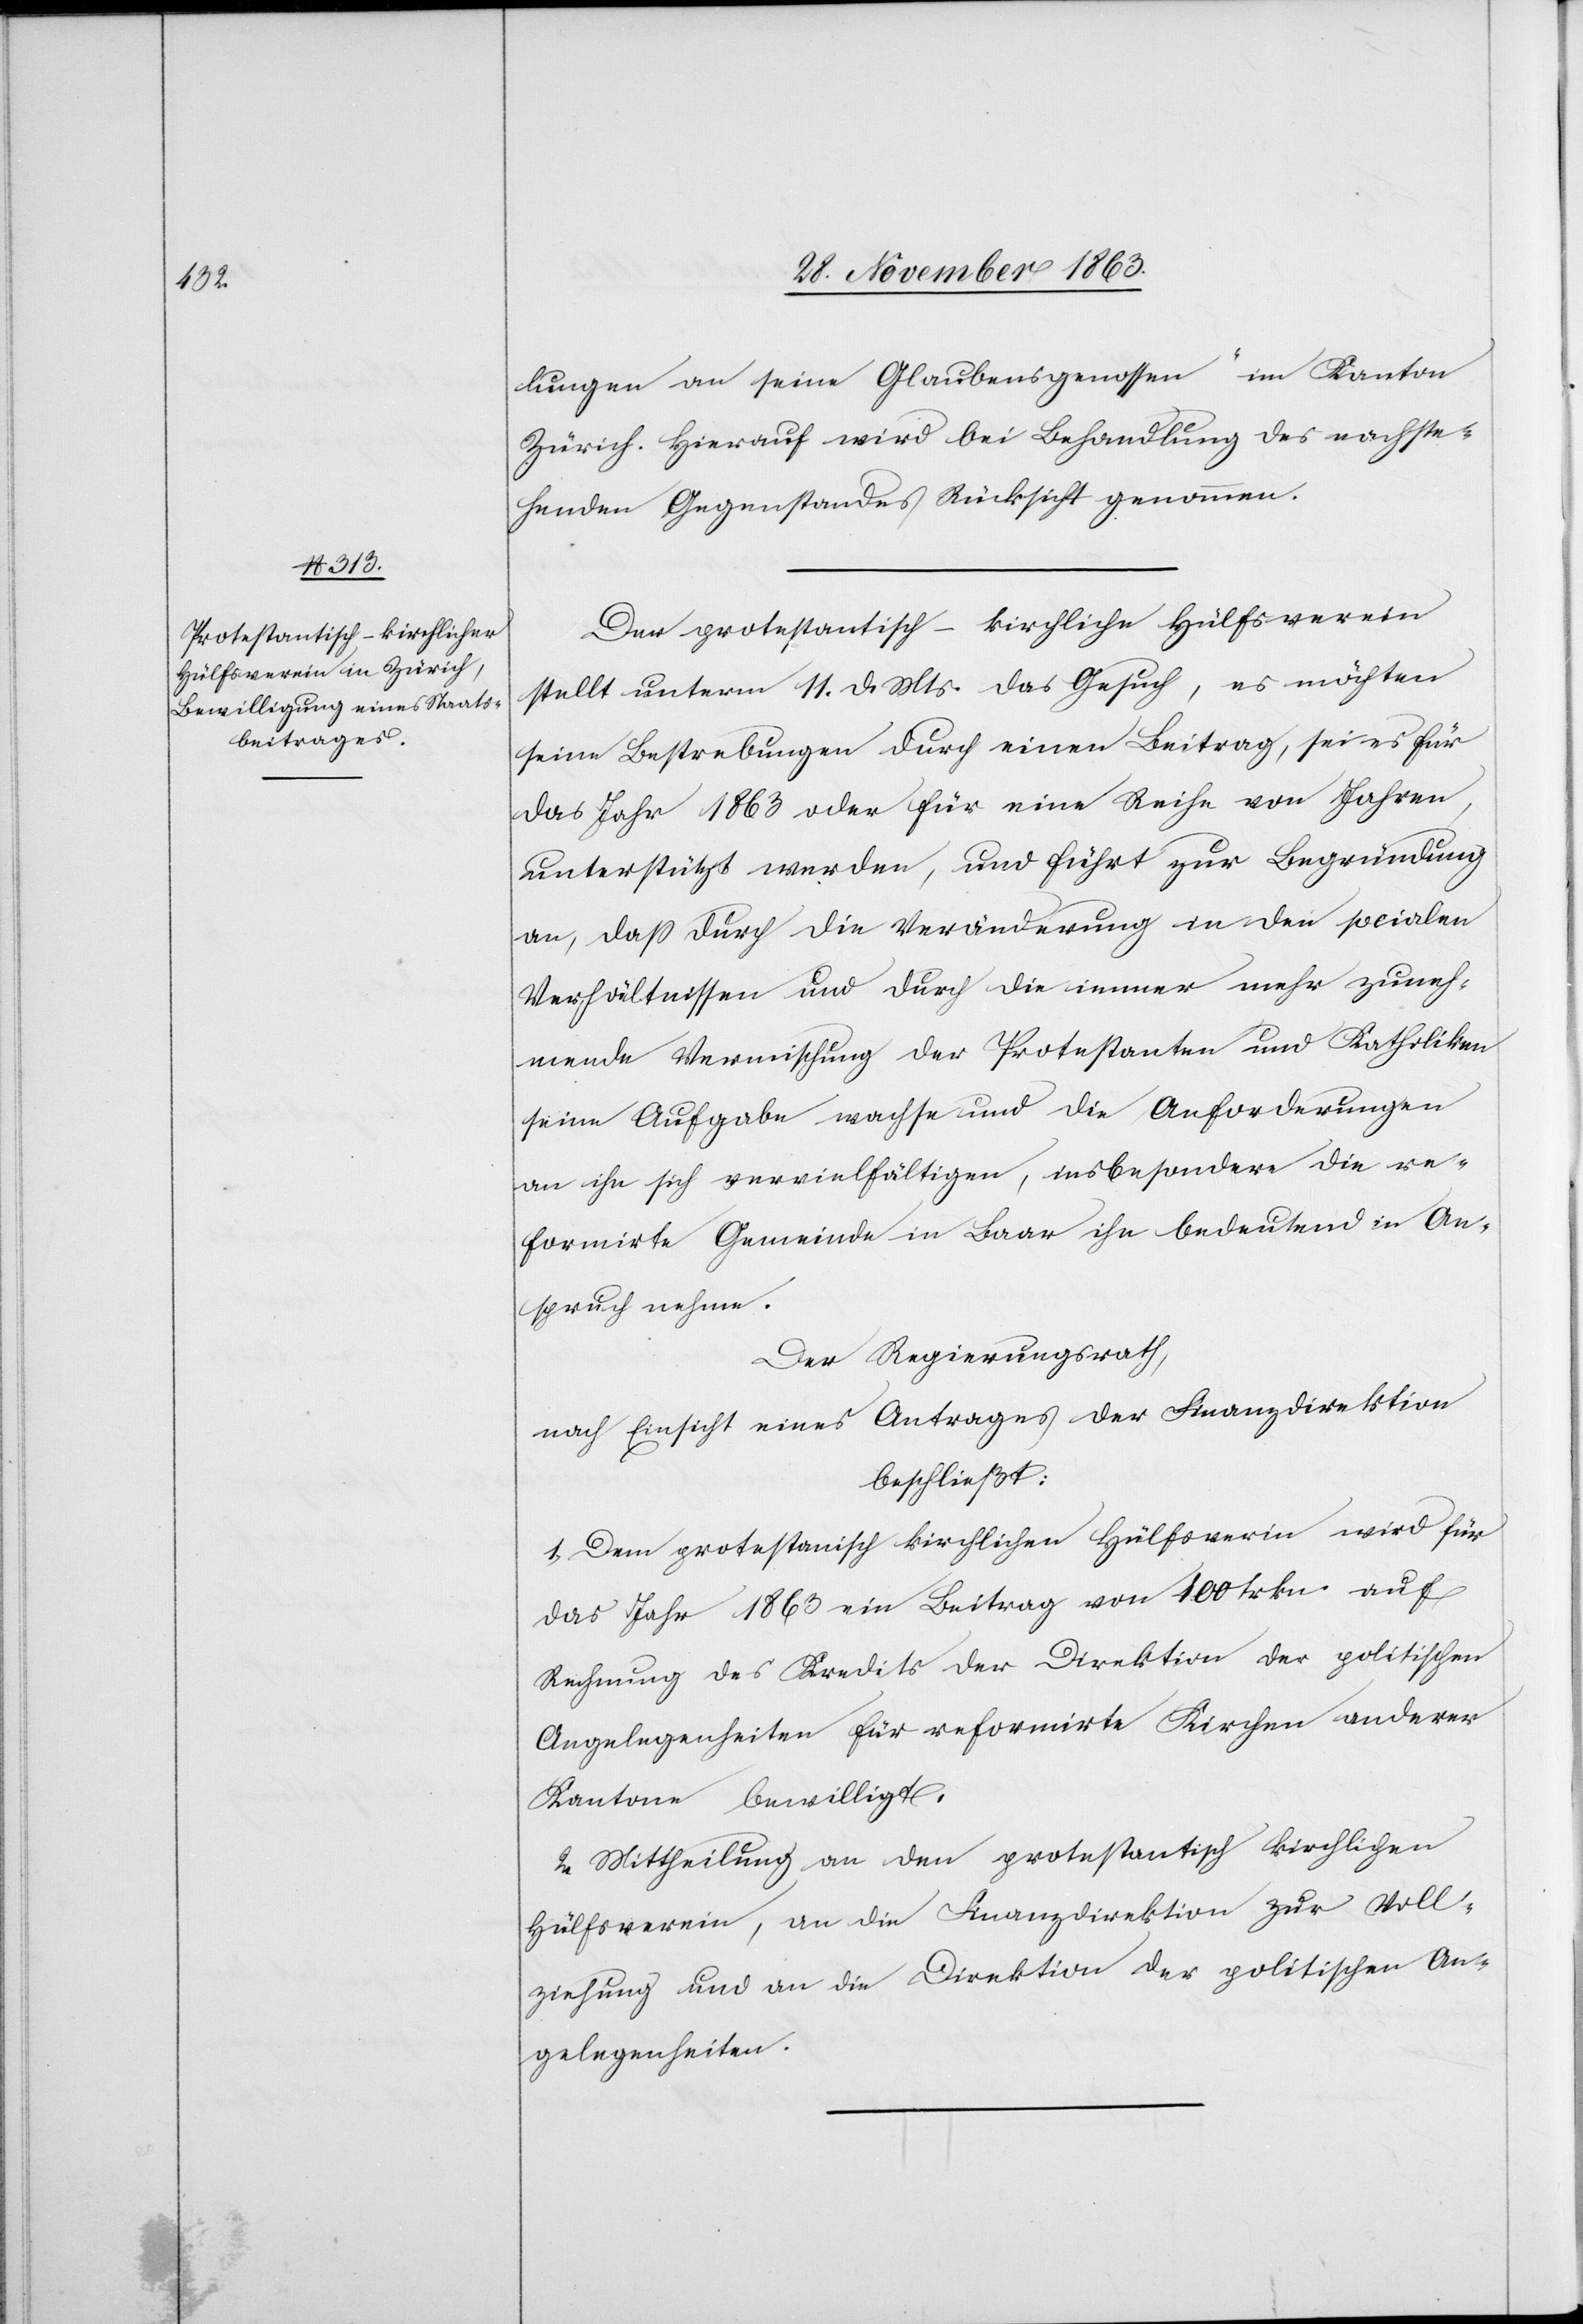
lungen an seine Glaubensgenossen“ im Kanton
Zürich. Hierauf wird bei Behandlung des nachste¬
henden Gegenstandes Rücksicht genommen.
Der protestantisch-kirchliche Hülfsverein
stellt unterm 11. d. Mts. das Gesuch, es möchten
seine Bestrebungen durch einen Beitrag, sei es für
das Jahr 1863 oder für eine Reihe von Jahren,
unterstützt werden, und führt zur Begründung
an, dass durch die Veränderung in den socialen
Verhältnissen und durch die immer mehr zuneh¬
mende Vermischung der Protestanten und Katholiken
seine Aufgabe wachse und die Anforderungen
an ihn sich vervielfältigen, insbesondere die re¬
formirte Gemeinde in Baar ihn bedeutend in An¬
spruch nehme.
Der Regierungsrath,
nach Einsicht eines Antrages der Finanzdirektion
beschließt:
1. Dem protestantisch kirchlichen Hülfsverein wird für
das Jahr 1863 ein Beitrag von 100 frkn. auf
Rechnung des Kredits der Direktion der politischen
Angelegenheiten für reformirte Kirchen anderer
Kantone bewilligt.
2. Mittheilung an den protestantisch kirchlichen
Hülfsverein, an die Finanzdirektion zur Voll¬
ziehung und an die Direktion der politischen An¬
gelegenheiten.